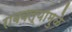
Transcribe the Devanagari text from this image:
राबवल्यामुळे